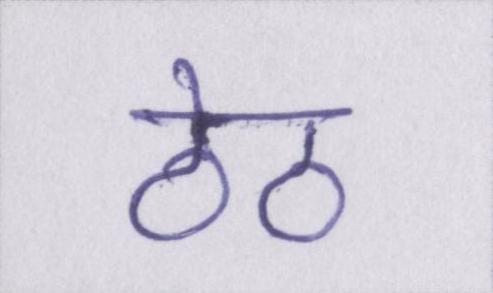
ठेठ